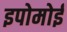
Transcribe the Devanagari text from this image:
इपोमोई